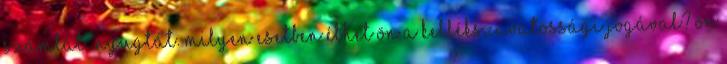
számlát nyugtát. Milyen esetben élhet Ön a kellékszavatossági jogával? Ön